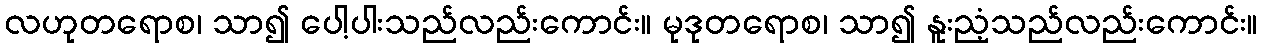
လဟုတရောစ၊ သာ၍ ပေါ့ပါးသည်လည်းကောင်း။ မုဒုတရောစ၊ သာ၍ နူးညံ့သည်လည်းကောင်း။